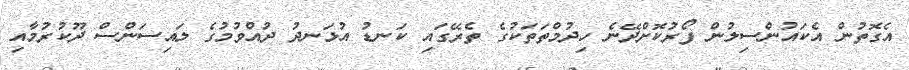
އެގޮތުން އެކައުންސިލުން ފޯރުކޮށްދޭނެ ހިދުމްތަތަކުގެ ތެރޭގައި ކަނޑު އުޅަނދު ދުއްވުމުގެ ލައިސަންސް ދޫކުރުމާއި